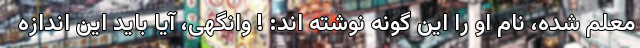
معلم شده، نام او را این گونه نوشته اند: ! وانگهی، آیا باید این اندازه